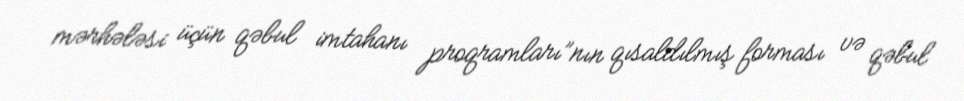
mərhələsi üçün qəbul imtahanı proqramları”nın qısaldılmış forması və qəbul